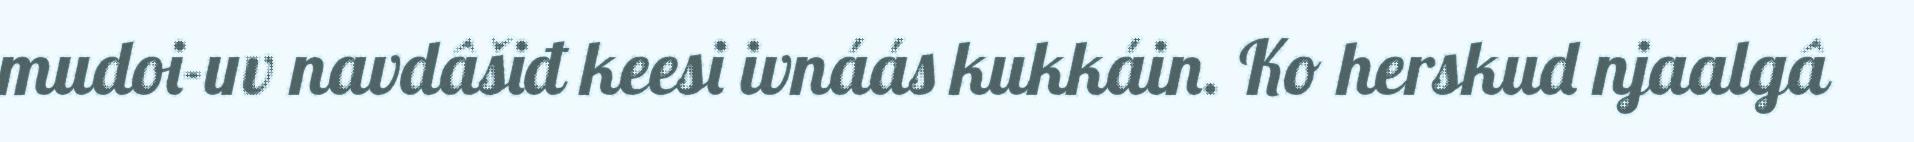
mudoi-uv navdâšiđ keesi ivnáás kukkáin. Ko herskud njaalgâ